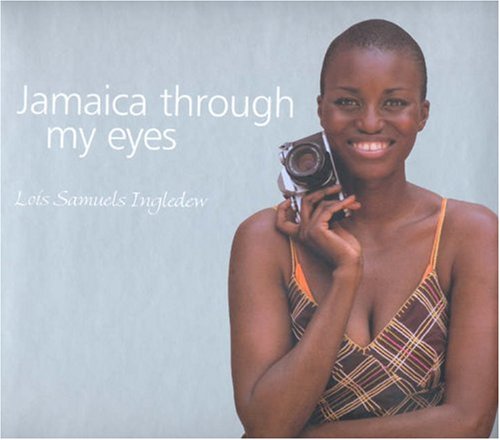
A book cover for Jamaica Through My Eyes; Lois Samuels Ingledew; Travel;